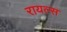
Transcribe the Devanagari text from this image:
रायल्स